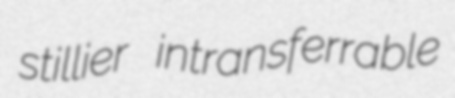
stillier intransferrable